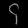
Digit: ၄